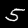
Digit: 5